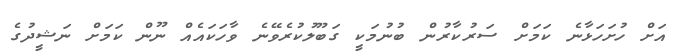
އަށް ހުށަހަޅާނެ ކަމަށް ސަރުކާރުން ބުނުމަކީ ގަބޫލުކުރެވޭނެ ވާހަކައެއް ނޫން ކަމަށް ނަޝީދުގެ